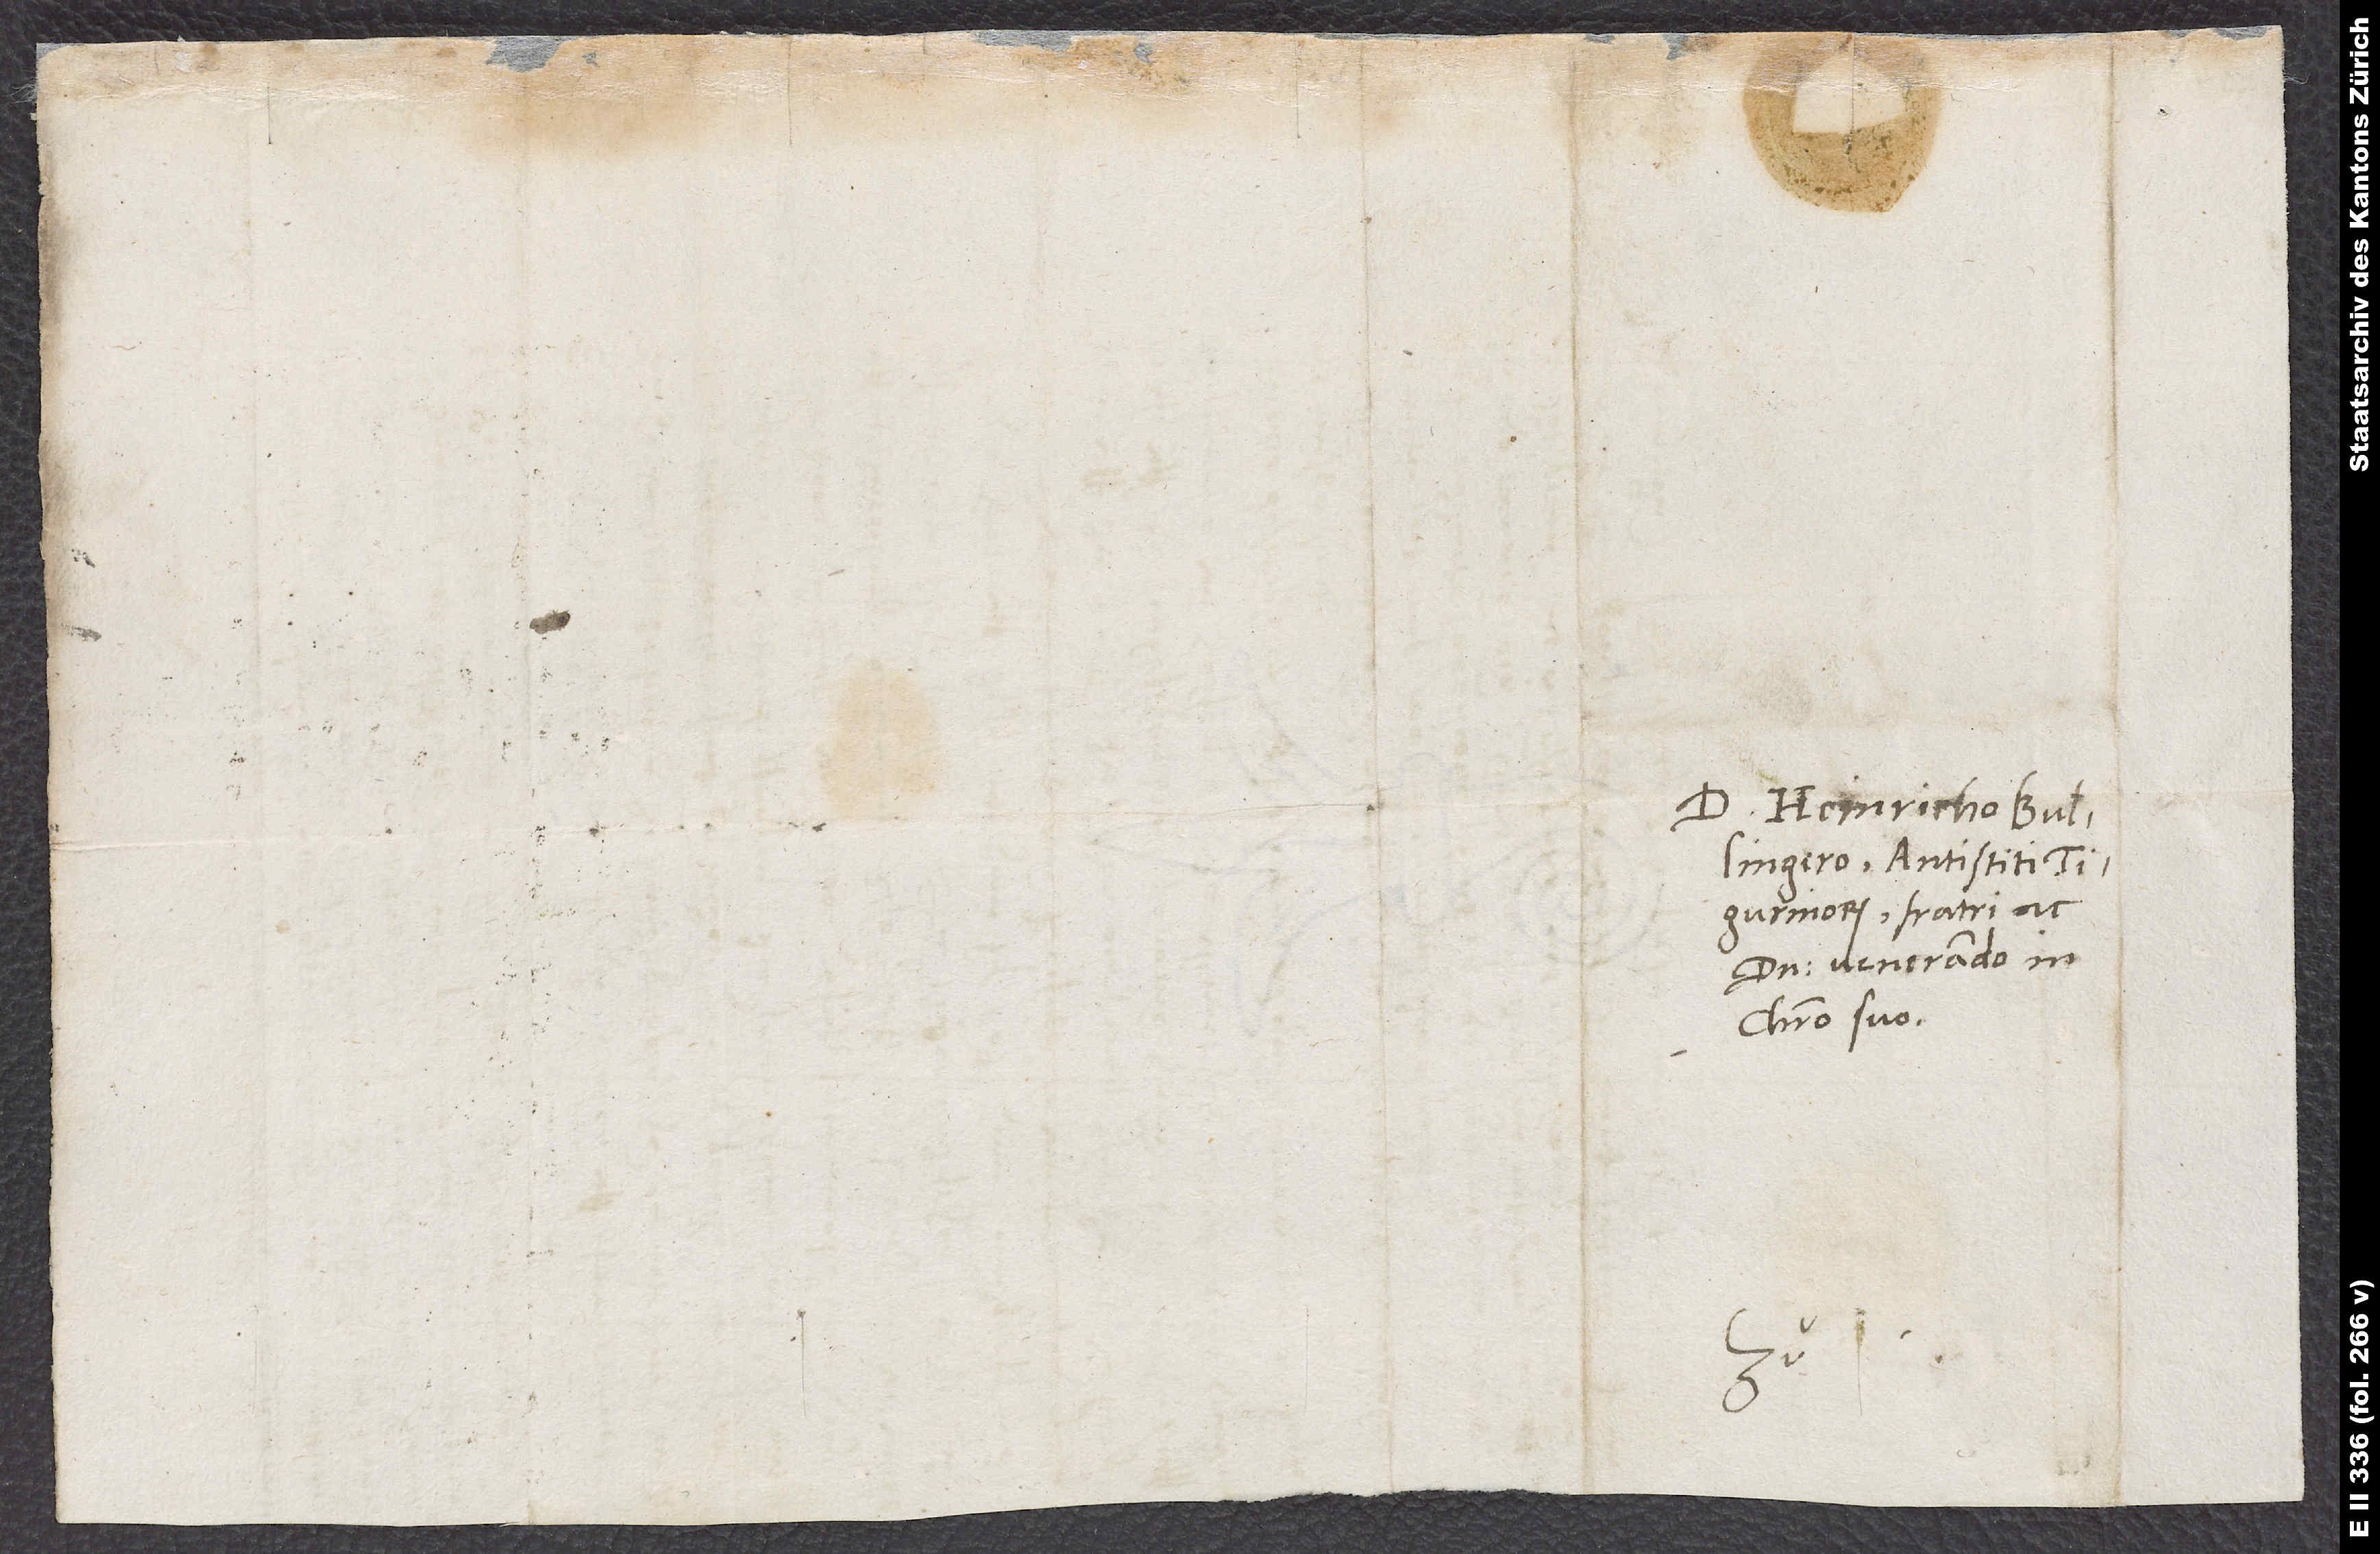
Domino Heinricho Bullingero,
Tigurinorum, fratri ac
domino venerando in
Christo suo.